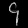
Digit: ၄